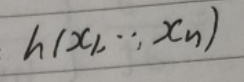
\[h(x_1,\cdots,x_n)\]